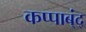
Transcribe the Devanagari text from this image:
कप्पाब्ंद्